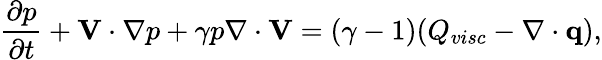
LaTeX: \frac{\partial p}{\partial t}+\mathbf{V}\cdot\nabla p+\gamma p\nabla\cdot\mathbf{V}=(\gamma-1)(Q_{visc}-\nabla\cdot\mathbf{q}),